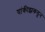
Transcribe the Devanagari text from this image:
यांकीझकडून